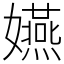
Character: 嬿